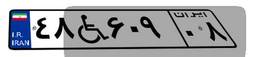
۴۸W۶۰۹۰۸